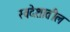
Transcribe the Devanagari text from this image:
स्वदेशातील